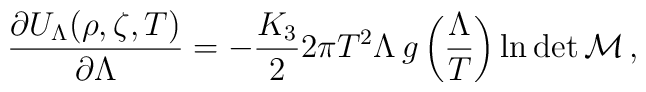
\frac{\partial U_{\Lambda}(\rho,\zeta,T)}{\partial\Lambda} =-\frac{K_{3}}{2}2\pi T^{2}\Lambda\,g\left(\frac{\Lambda}{T}\right)\ln\det\cal{M}\, ,